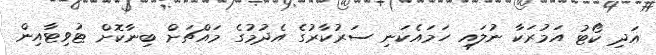
އަދި ކޯޓު އަމުރަކާ ނުލައި ހަމައެކަނި ސަރުކާރުގެ އެދުމުގެ މައްޗަށް ބިނާކޮށް ޓުވިޓާއިން